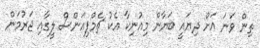
ތިން ވަނަ އަށް ދިޔައީ ބަޔާން މިއުނިކާ އެކު ޗެމްޕިއަންސް ލީގާއި ޖަރުމަން